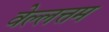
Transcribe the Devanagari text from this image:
वेल्लत्तम